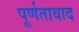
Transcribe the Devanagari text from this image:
पूर्णतावाद